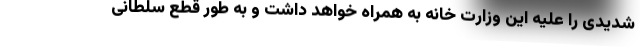
شدیدی را علیه این وزارت خانه به همراه خواهد داشت و به طور قطع سلطانی